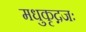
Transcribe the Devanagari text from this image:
मधुकृद्गजः